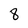
Character: 8